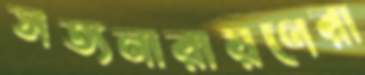
সত্যনারায়ণেরা